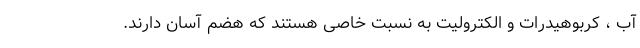
آب ، کربوهیدرات و الکترولیت به نسبت خاصی هستند که هضم آسان دارند.